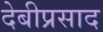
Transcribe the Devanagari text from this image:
देबीप्रसाद